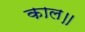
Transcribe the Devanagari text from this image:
काल॥